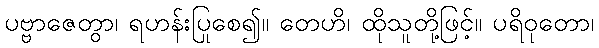
ပဗ္ဗာဇေတွာ၊ ရဟန်းပြုစေ၍။ တေဟိ၊ ထိုသူတို့ဖြင့်။ ပရိဝုတော၊